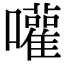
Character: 嚾